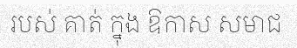
របស់ គាត់ ក្នុង ឱកាស សមាជ